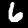
Label: 6